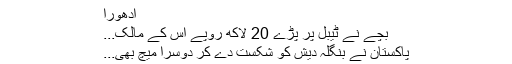
ادھورا
بچے نے ٹیبل پر پڑے 20 لاکھ روپے اس کے مالک...
پاکستان نے بنگلہ دیش کو شکست دے کر دوسرا میچ بھی...